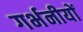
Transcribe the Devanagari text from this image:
गर्भनीयों